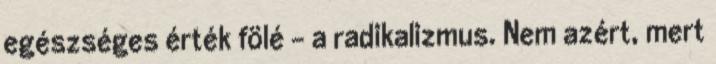
egészséges érték fölé – a radikalizmus. Nem azért, mert